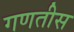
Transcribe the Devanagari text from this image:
गणतीस